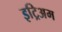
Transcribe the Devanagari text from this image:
इट्रिअम